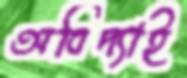
অবিদ্যাই